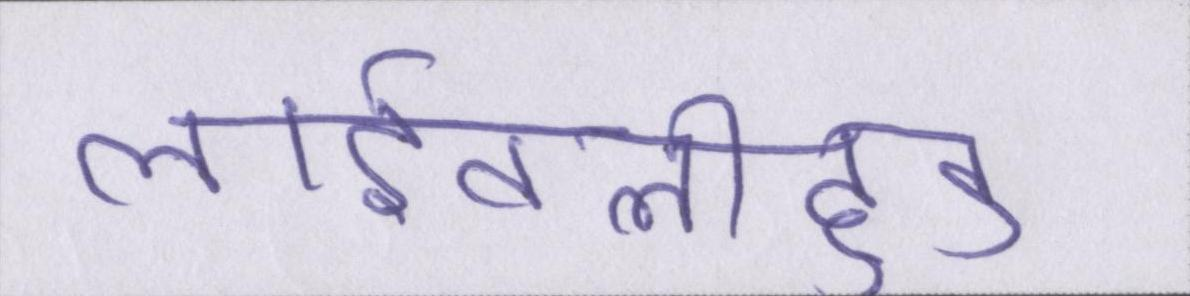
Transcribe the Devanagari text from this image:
लाईवलीहुड